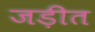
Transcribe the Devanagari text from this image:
जड़ीत